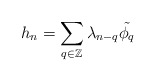
\begin{align*}h_n = \sum_{q\in\mathbb{Z}}^{}\lambda_{n-q}\tilde{\phi_q}\end{align*}